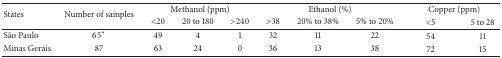
| <ROWSPAN=2> States | <ROWSPAN=2> Number of samples | <COLSPAN=3> Methanol (ppm) | <COLSPAN=3> Ethanol (%) | <COLSPAN=2> Copper (ppm) |
 | <20 | 20 to 180 | >240 | >38 | 20% to 38% | 5% to 20% | <5 | 5 to 28 |
 | --- | --- | --- | --- | --- | --- | --- | --- | --- | --- |
 | São Paulo | 65* | 49 | 4 | 1 | 32 | 11 | 22 | 54 | 11 |
 | Minas Gerais | 87 | 63 | 24 | 0 | 36 | 13 | 38 | 72 | 15 |